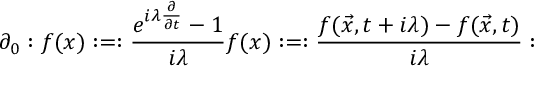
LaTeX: \partial _ { 0 } : f ( x ) : = : \frac { e ^ { i \lambda { \frac { \partial } { \partial t } } } - 1 } { i \lambda } f ( x ) : = : \frac { f ( \vec { x } , t + i \lambda ) - f ( \vec { x } , t ) } { i \lambda } :